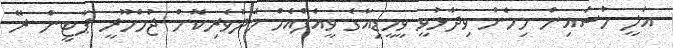
އަލީ ހުސައިން މިހެން ވިދާޅުވީ ވީމީޑިއާގެ ވީއެފްއެމް މެދުވެރިކޮށް ޖުމްހޫރީ ޕާޓީން ރޭ